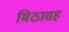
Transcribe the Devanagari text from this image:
मिठासह